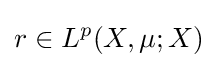
r\in L^{p}(X,\mu ;X)